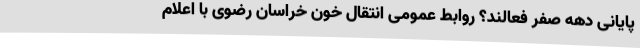
پایانی دهه صفر فعالند؟ روابط عمومی انتقال خون خراسان رضوی با اعلام